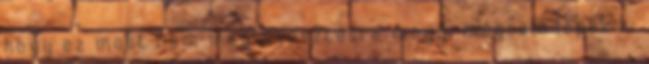
hogy ez most nem megtévesztésre megy, mégsem lépek ki